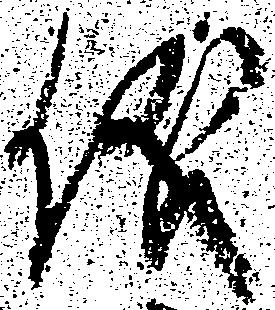
儀